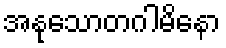
အနုသောတဂါမိနော